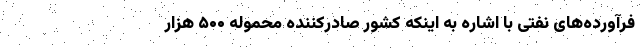
فرآورده‌های نفتی با اشاره به اینکه کشور صادرکننده محموله ۵۰۰ هزار